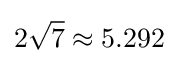
2{\sqrt {7}}\approx 5.292